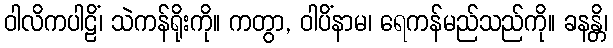
ဝါလိကပါဠိံ၊ သဲကန်ရိုးကို။ ကတွာ, ဝါပိံနာမ၊ ရေကန်မည်သည်ကို။ ခနန္တိ၊